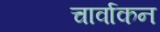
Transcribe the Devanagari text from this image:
चार्वाकन